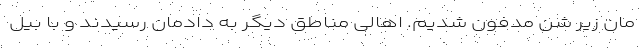
مان زیر شن مدفون شدیم. اهالی مناطق دیگر به دادمان رسیدند و با بیل